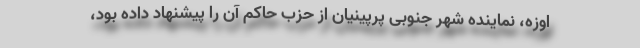
اوزه، نماینده شهر جنوبی پرپینیان از حزب حاکم آن را پیشنهاد داده بود،